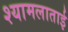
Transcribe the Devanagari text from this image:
श्यामलाताई